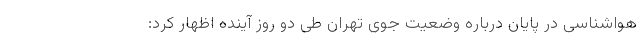
هواشناسی در پایان درباره وضعیت جوی تهران طی دو روز آینده اظهار کرد: